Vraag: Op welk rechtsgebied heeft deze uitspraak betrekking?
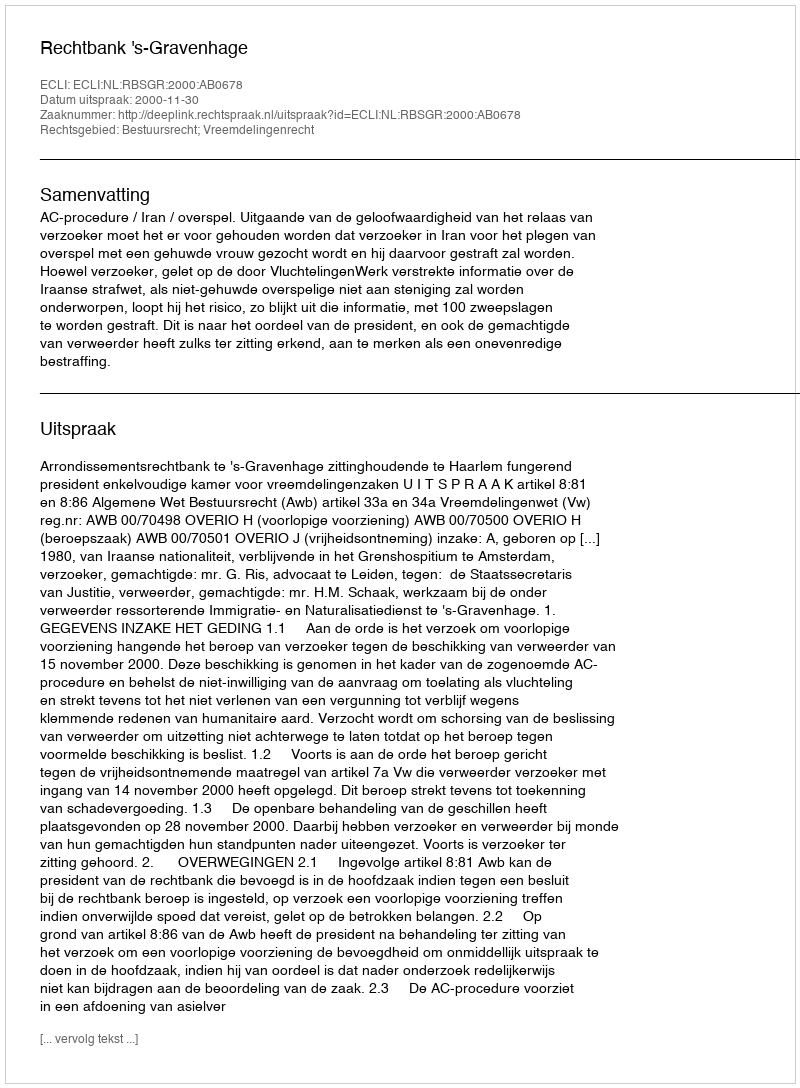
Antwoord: Bestuursrecht; Vreemdelingenrecht